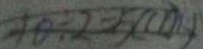
1 0 \div 2 = 5 ( c m )